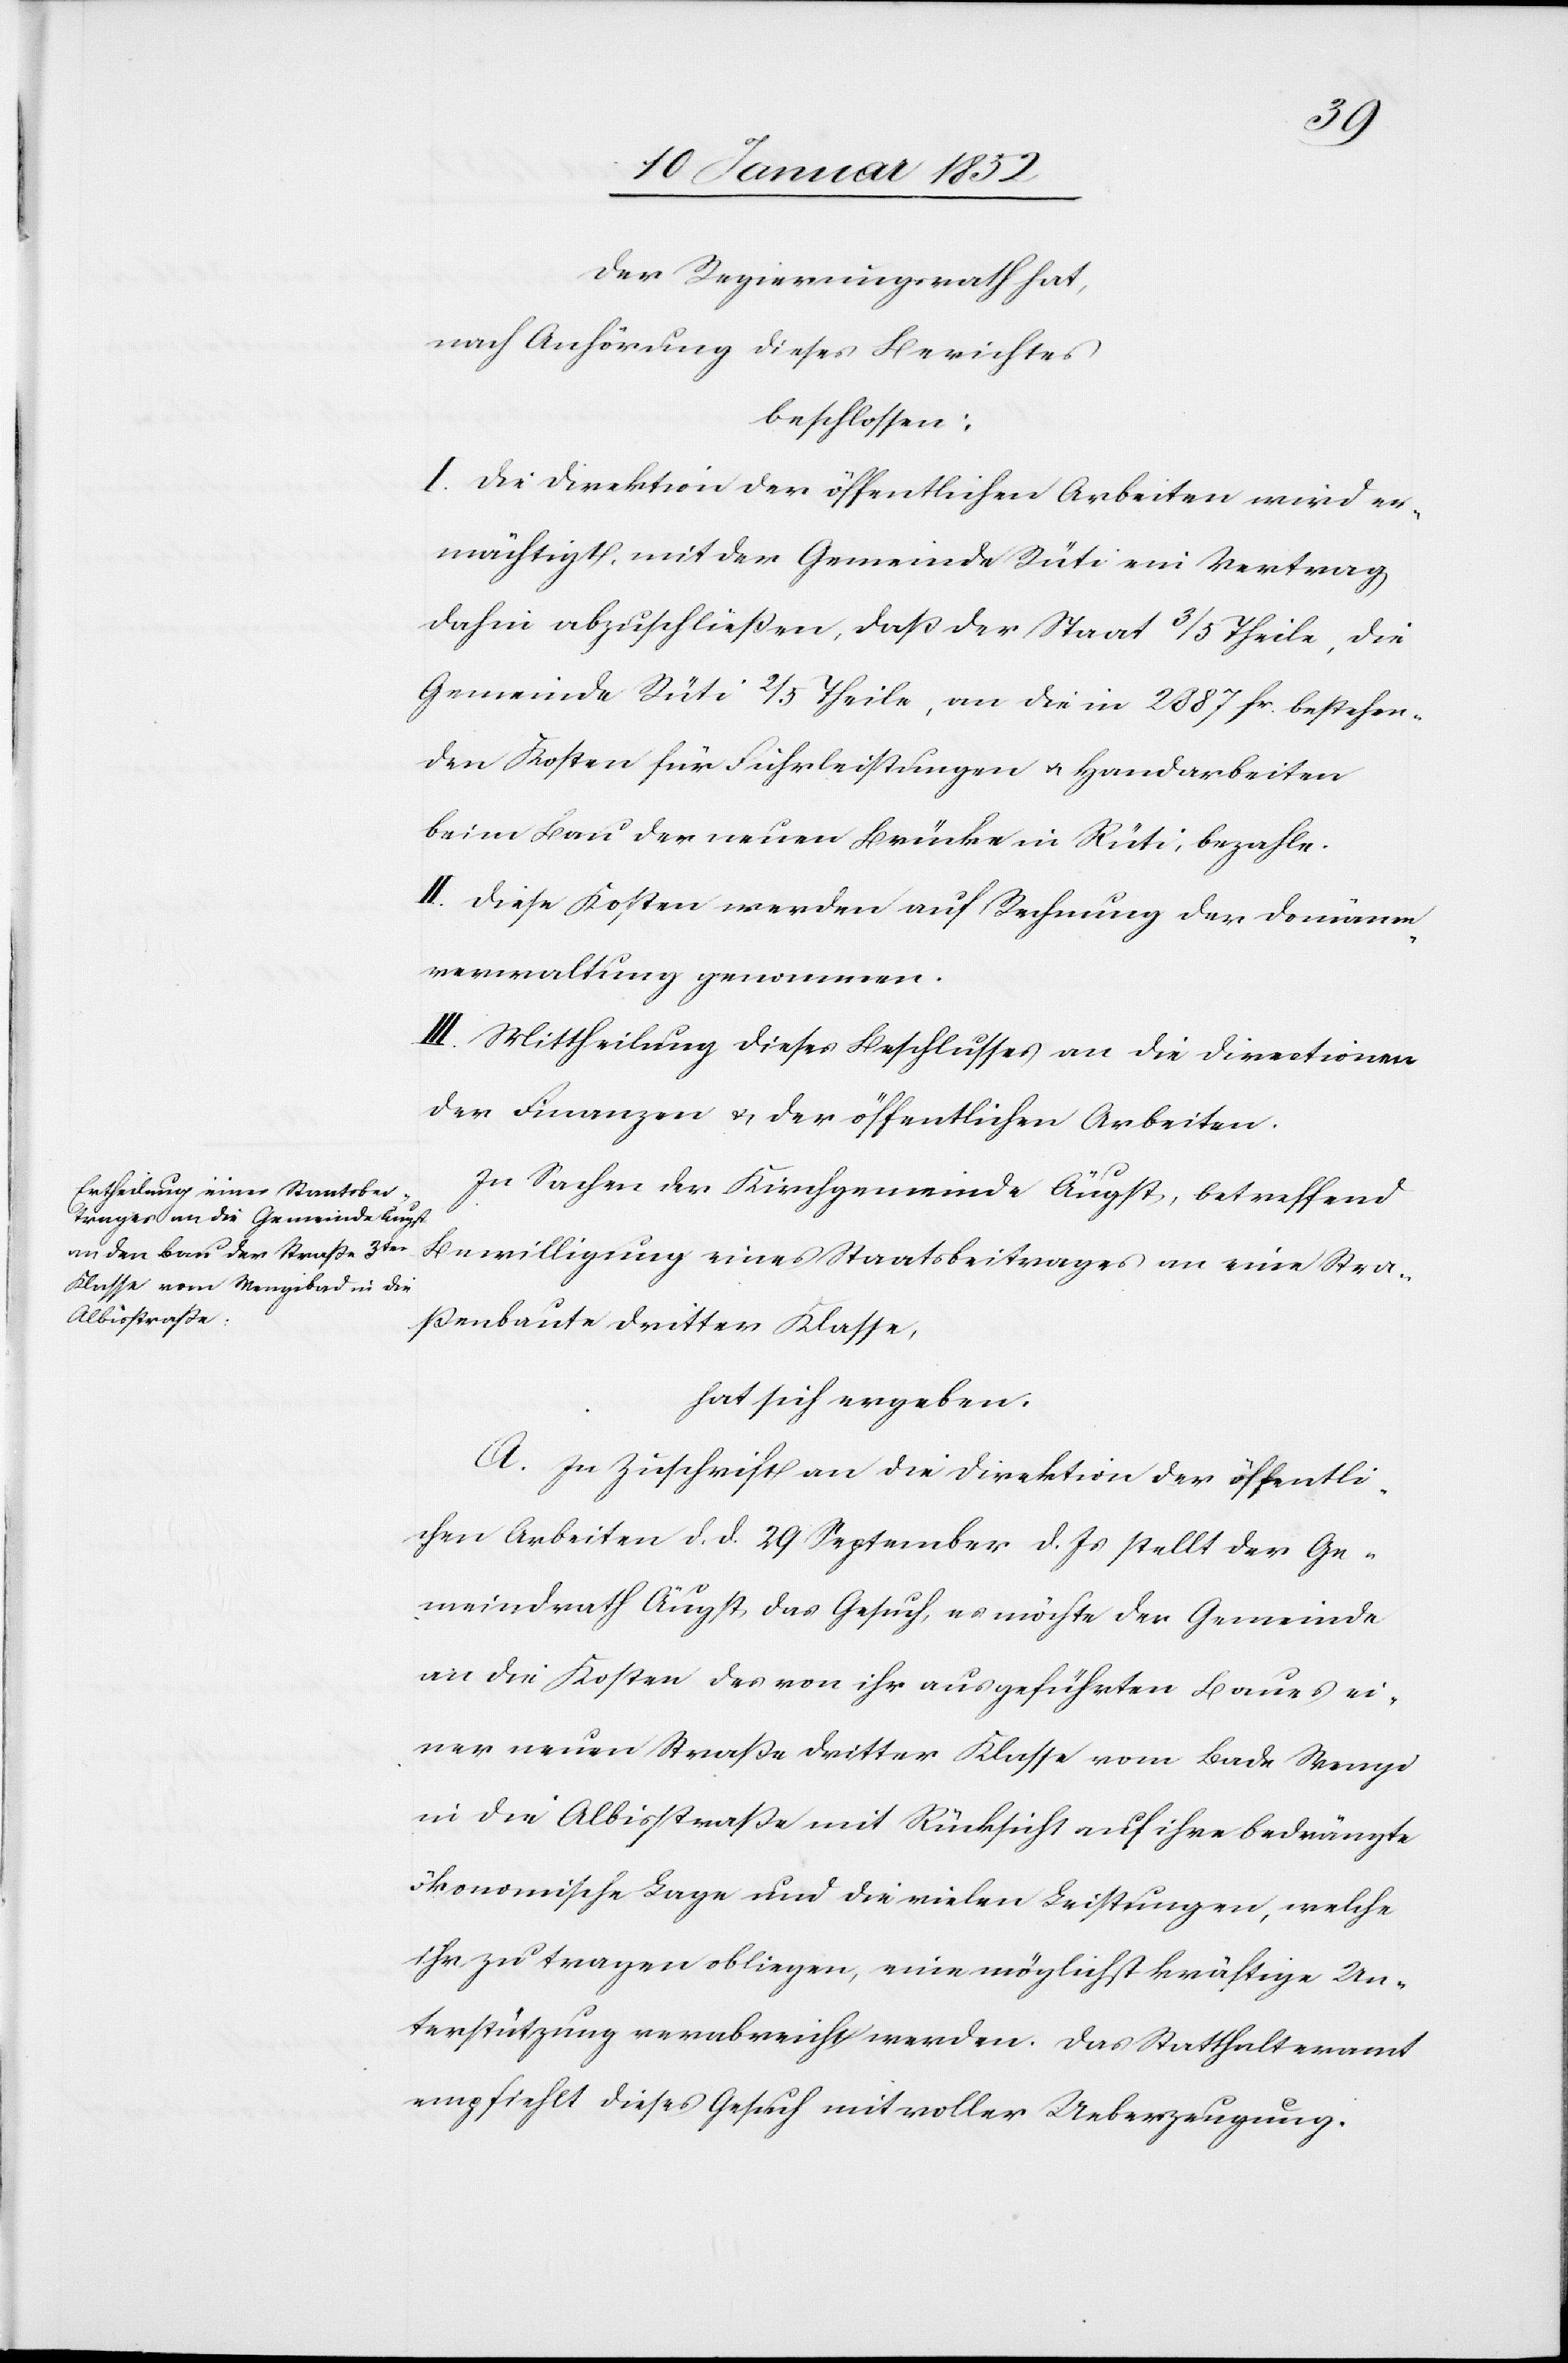
der Regierungsrath hat,
nach Anhörung dieses Berichtes
beschlossen:
I. Die Direktion der öffentlichen Arbeiten wird er¬
mächtigt mit der Gemeinde Rüti ein Vertrag,
dahin abzuschließen, daß der Staat 3/5 Theile, die
Gemeinde Rüti 2/5 Theile, an die in 2887 Fr. bestehen¬
den Kosten für Fuhrleistungen u. Handarbeiten
beim Bau der neuen Brücke in Rüti bezahle.
II. Diese Kosten werden auf Rechnung der neuen
Verwaltung genommen.
III. Mittheilung dieses Beschlusses an die Directionen
der Finanzen u. der öffentlichen Arbeiten.
In Sachen der Kirchgemeinde Äugst, betreffend
Bewilligung eines Staatsbeitrages an eine Stra¬
ßenbaute dritter Klasse,
hat sich ergeben.
A. In Zuschrift an die Direktion der öffentli¬
chen Arbeiten d. d. 29 September d. Js stellt der Ge¬
meindrath Äugst das Gesuch, es möchte der Gemeinde
an die Kosten des von ihr ausgeführten Baues ei¬
ner neuen Straße dritter Klasse vom Bade Wengi
in die Albisstraße mit Rücksicht auf ihre bedrängte
ökonomische Lage und die vielen Leistungen, welche
ihr zu tragen obliegen, eine möglichst kräftige Un¬
terstützung verabreicht werden. Das Statthalteramt
empfiehlt dieses Gesuch mit voller Ueberzeugung.